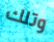
وتلك